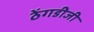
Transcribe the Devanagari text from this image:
ठेंगडीजी